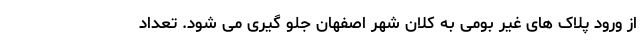
از ورود پلاک های غیر بومی به کلان شهر اصفهان جلو گیری می شود. تعداد